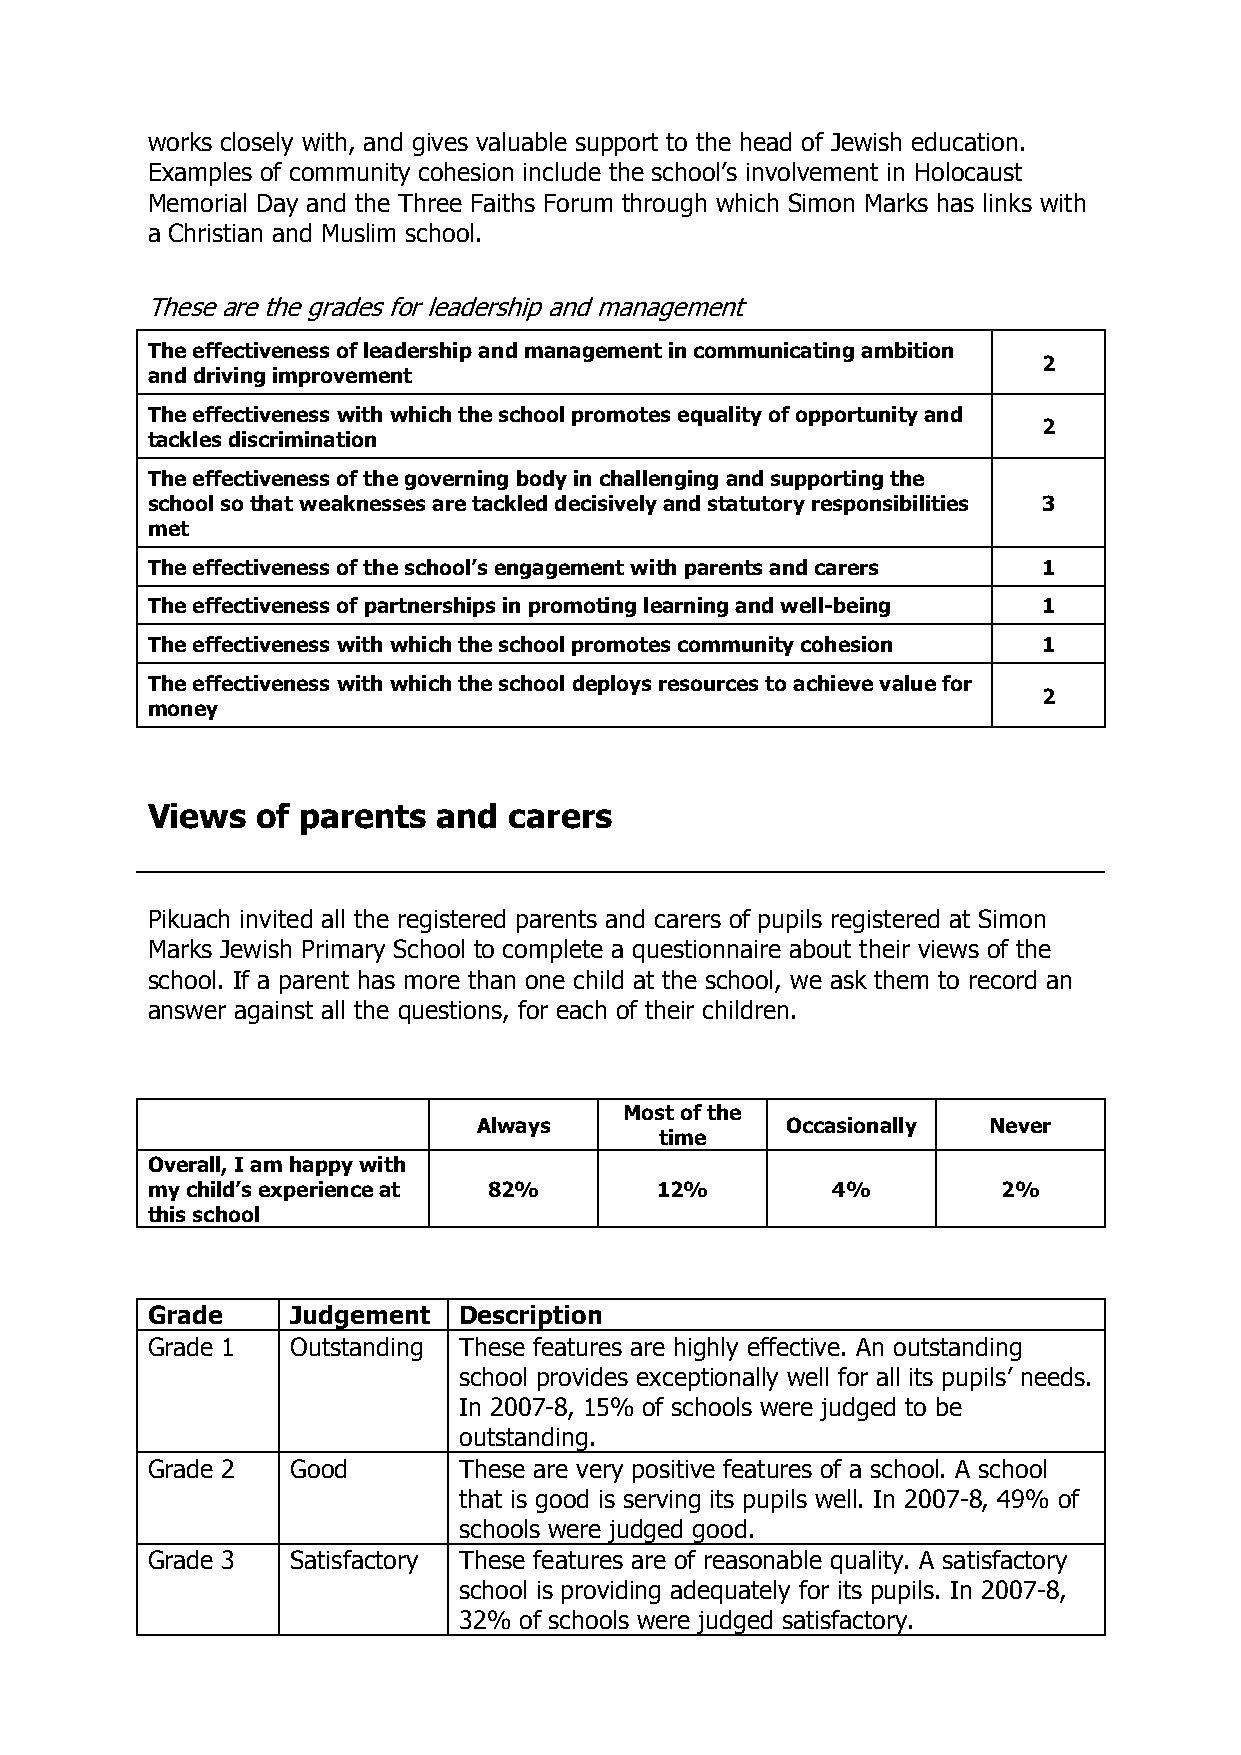
works closely with, and gives valuable support to the head of Jewish education.
 Examples of community cohesion include the school’s involvement in Holocaust
 Memorial Day and the Three Faiths Forum through which Simon Marks has links with
 a Christian and Muslim school.
 These are the grades for leadership and management
 The effectiveness of leadership and management in communicating ambition
 2
 and driving improvement
 The effectiveness with which the school promotes equality of opportunity and
 2
 tackles discrimination
 The effectiveness of the governing body in challenging and supporting the
 school so that weaknesses are tackled decisively and statutory responsibilities 3
 met
 The effectiveness of the school’s engagement with parents and carers 1
 The effectiveness of partnerships in promoting learning and well-being 1
 The effectiveness with which the school promotes community cohesion 1
 The effectiveness with which the school deploys resources to achieve value for
 2
 money
 Views  of parents  and  carers
 Pikuach invited all the registered parents and carers of pupils registered at Simon
 Marks Jewish Primary School to complete a questionnaire about their views of the
 school. If a parent has more than one child at the school, we ask them to record an
 answer against all the questions, for each of their children.
 Most of the
 Always              Occasionally Never
 time
 Overall, I am happy with
 my child’s experience at 82%     12%         4%         2%
 this school
 Grade    Judgement  Description
 Grade 1  Outstanding These features are highly effective. An outstanding
 school provides exceptionally well for all its pupils’ needs.
 In 2007-8, 15% of schools were judged to be
 outstanding.
 Grade 2  Good       These are very positive features of a school. A school
 that is good is serving its pupils well. In 2007-8, 49% of
 schools were judged good.
 Grade 3  Satisfactory These features are of reasonable quality. A satisfactory
 school is providing adequately for its pupils. In 2007-8,
 32% of schools were judged satisfactory.